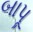
બાપૂ